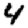
Digit: 4